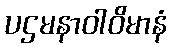
ပဌမနာဝါဝိမာနံ